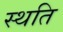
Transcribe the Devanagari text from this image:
स्‍थति